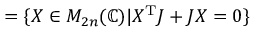
= \{ X \in M _ { 2 n } ( \mathbb { C } ) | X ^ { \mathrm { T } } J + J X = 0 \}